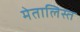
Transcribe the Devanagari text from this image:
मेतालिस्त